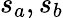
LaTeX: s_{a},s_{b}